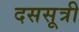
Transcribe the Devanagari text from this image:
दससूत्री